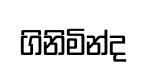
ගිනිමින්ද